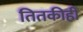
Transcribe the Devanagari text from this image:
तितकीही